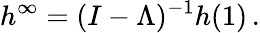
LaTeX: h^{\infty}=(I-\Lambda)^{-1}h(1)\, .